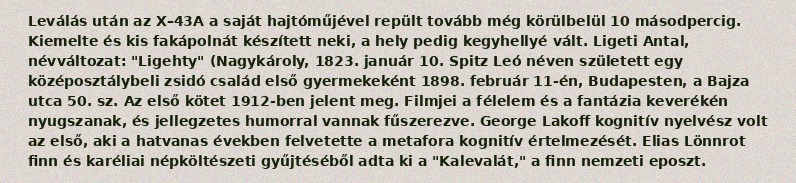
Leválás után az X–43A a saját hajtóműjével repült tovább még körülbelül 10 másodpercig. Kiemelte és kis fakápolnát készített neki, a hely pedig kegyhellyé vált. Ligeti Antal, névváltozat: "Ligehty" (Nagykároly, 1823. január 10. Spitz Leó néven született egy középosztálybeli zsidó család első gyermekeként 1898. február 11-én, Budapesten, a Bajza utca 50. sz. Az első kötet 1912-ben jelent meg. Filmjei a félelem és a fantázia keverékén nyugszanak, és jellegzetes humorral vannak fűszerezve. George Lakoff kognitív nyelvész volt az első, aki a hatvanas években felvetette a metafora kognitív értelmezését. Elias Lönnrot finn és karéliai népköltészeti gyűjtéséből adta ki a "Kalevalát," a finn nemzeti eposzt.